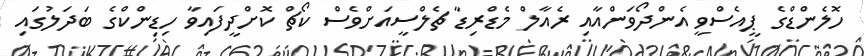
ހޮލެންޑްގެ ޕީއެސްވީ އެންދޯވަންއާއި ރެއާލް މެޑްރިޑާ ޗެލްސީއަށްވެސް ކޯޗް ކޮށްދީފައިވާ ހިޑިންކްގެ ބަދަލުގައި